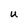
Character: U